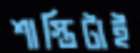
শাস্তিটাই